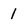
Character: 1